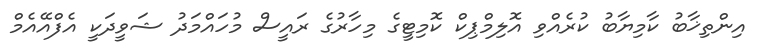
އިންތިޚާބު ކާމިޔާބު ކުރެއްވި އޮލިމްޕިކް ކޮމިޓީގެ މިހާރުގެ ރައީސް މުހައްމަދު ޝަވީދަކީ އެފްއޭއެމް